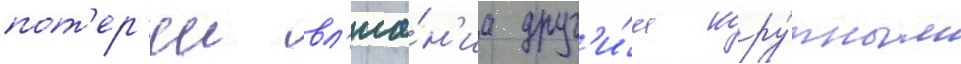
пот'ер'еи вл'иа́н'иа друг'и́м кру́пным